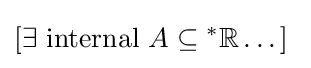
[\exists {\text{ internal }}A\subseteq {^{*}\mathbb {R} }\dots ]\